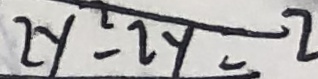
2 y ^ { 2 } - 2 y = 2